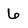
Character: 6